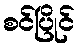
စင်ပြိုင်